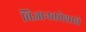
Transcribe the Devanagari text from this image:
विज्ञानकोशाचे